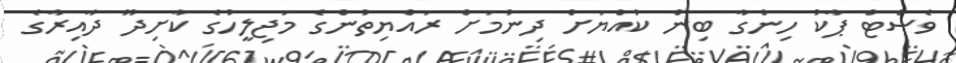
ވެސްޓް ޕާކު ހިންގާ ބިން ކުއްޔަށް ދިނުމަށް ރައްޔިތުންގެ މަޖިލީހުގެ ކާށިދޫ ދާއިރާގެ